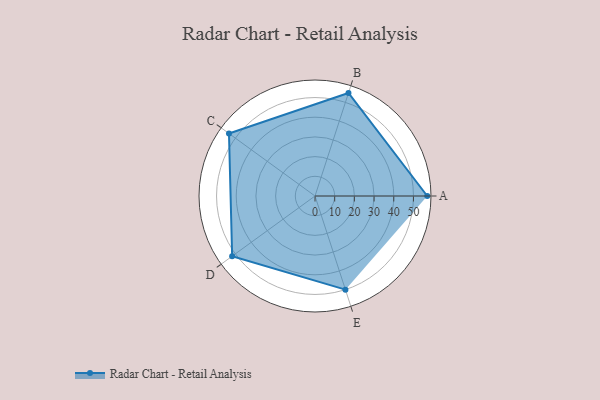
{"axis": {"x": "Skill", "y": "Score"}, "legend": ["Profile"], "data": [{"x": "A", "y": 57.0, "type": "Profile"}, {"x": "B", "y": 55.0, "type": "Profile"}, {"x": "C", "y": 54.0, "type": "Profile"}, {"x": "D", "y": 52.0, "type": "Profile"}, {"x": "E", "y": 50.0, "type": "Profile"}]}